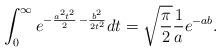
LaTeX: \begin{align*}\int_0^{\infty}e^{-\frac{a^2t^2}{2}\, -\frac{b^2}{2t^2}}dt=\sqrt{\frac{\pi}{2}}\frac{1}{a}e^{-ab}.\end{align*}